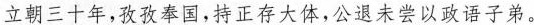
立朝三十年，孜孜泰国，持正存大体，会退未尝以政语子弟。